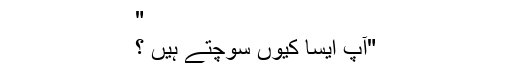
"
"آپ ایسا کیوں سوچتے ہیں ؟